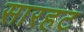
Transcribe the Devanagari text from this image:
सारहट